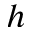
h